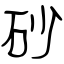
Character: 砂